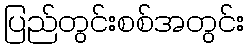
ပြည်တွင်းစစ်အတွင်း